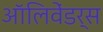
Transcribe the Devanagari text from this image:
ऑलिवेंडर्स